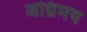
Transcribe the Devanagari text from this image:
अग्निमय